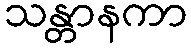
သန္တာနကာ